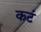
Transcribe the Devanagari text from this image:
कटं